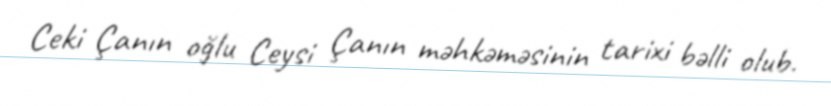
Ceki Çanın oğlu Ceysi Çanın məhkəməsinin tarixi bəlli olub.